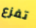
تفزع